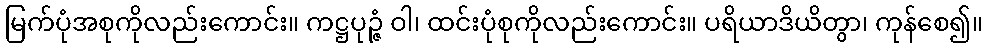
မြက်ပုံအစုကိုလည်းကောင်း။ ကဋ္ဌပုဉ္ဇံ ဝါ၊ ထင်းပုံစုကိုလည်းကောင်း။ ပရိယာဒိယိတွာ၊ ကုန်စေ၍။